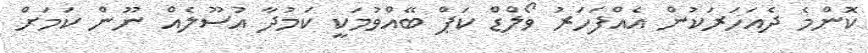
ކޮންމެ ދެއަހަރަކުން އެއްފަހަރު ވޯލްޑް ކަޕް ބޭއްވުމަކީ ކަމުދާ އުސޫލެއް ނޫން ކަމަށް